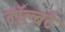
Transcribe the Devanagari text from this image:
टॉल्बर्ट